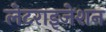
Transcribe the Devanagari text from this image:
लेटराइजेशन